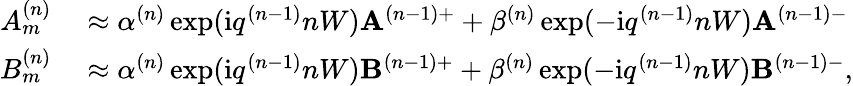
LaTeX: \begin{array}{rl}{A_{m}^{(n)}}&{{}\approx\alpha^{(n)}\exp(\mathrm{i}q^{(n-1)}nW)\mathbf{A}^{(n-1)+}+\beta^{(n)}\exp(-\mathrm{i}q^{(n-1)}nW)\mathbf{A}^{(n-1)-}}\\ {B_{m}^{(n)}}&{{}\approx\alpha^{(n)}\exp(\mathrm{i}q^{(n-1)}nW)\mathbf{B}^{(n-1)+}+\beta^{(n)}\exp(-\mathrm{i}q^{(n-1)}nW)\mathbf{B}^{(n-1)-},}\end{array}